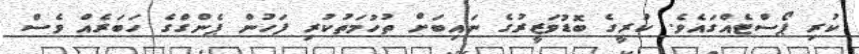
ކުރި ޕޯސްޓެއްގައެވެ. ކުރީގެ ބޮޑުވަޒީރުގެ ނައިބަށް ތުހުމަތުކުރި ފަހުން ޕެންގްގެ ހަބަރެއް ވެސް